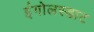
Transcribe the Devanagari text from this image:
इंगोलस्डाट